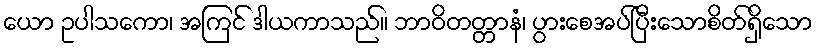
ယော ဥပါသကော၊ အကြင် ဒါယကာသည်။ ဘာဝိတတ္တာနံ၊ ပွားစေအပ်ပြီးသောစိတ်ရှိသော